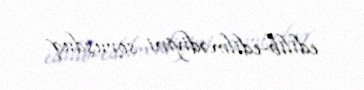
edilib-edilmədiyini soruşduq.